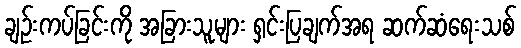
ချဉ်းကပ်ခြင်းကို အခြားသူများ ရှင်းပြချက်အရ ဆက်ဆံရေးသစ်